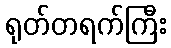
ရုတ်တရက်ကြီး